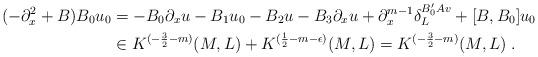
LaTeX: \begin{align*}(-\partial_x^2+B)B_0u_0&=-B_0\partial_xu-B_1u_0-B_2u-B_3\partial_xu+\partial_x^{m-1}\delta_L^{B_0'Av}+[B,B_0]u_0\\&\in K^{(-\frac32-m)}(M,L)+K^{(\frac12-m-\epsilon)}(M,L)=K^{(-\frac32-m)}(M,L)\;.\end{align*}